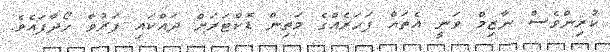
ކުރިންވެސް ނާޒިމް ވަނީ އެތައް ފަހަރެއްގެ މަތިން ޑޮކްޓަރަށް ދައްކައި ފަރުވާ ހޯދާފައެވެ.